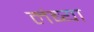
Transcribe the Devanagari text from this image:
लंब्या